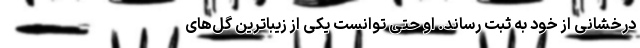
درخشانی از خود به ثبت رساند. او حتی توانست یکی از زیباترین گل‌های